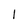
Character: I